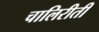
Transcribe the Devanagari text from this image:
चालिरीती